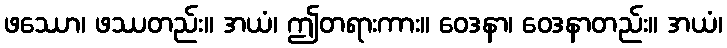
ဖဿော၊ ဖဿတည်း။ အယံ၊ ဤတရားကား။ ဝေဒနာ၊ ဝေဒနာတည်း။ အယံ၊